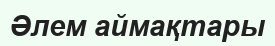
Әлем аймақтары